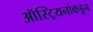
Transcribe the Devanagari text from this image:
ऑस्ट्रियनांकडून